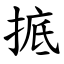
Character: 掋